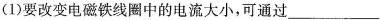
(1)要改变电磁铁线圈中的电流大小，可通过___